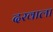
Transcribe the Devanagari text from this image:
दरवाला